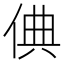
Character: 倎